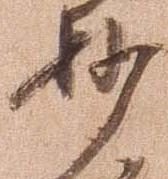
妙